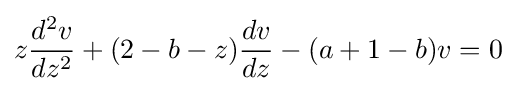
z{\frac {d^{2}v}{dz^{2}}}+(2-b-z){\frac {dv}{dz}}-(a+1-b)v=0